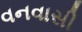
વનવાસી